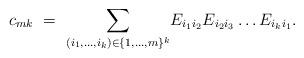
LaTeX: \begin{align*}c_{mk } \ = \ \displaystyle {\sum_{(i_1,\ldots,i_k)\in \{1,\ldots,m \}^k}} E_{i_1 i_2}E_{i_2 i_3}\ldots E_{i_k i_1}.\end{align*}